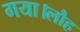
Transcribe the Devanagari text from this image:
गया।लौह